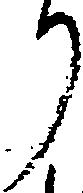
り